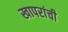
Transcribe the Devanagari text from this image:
खापरांची